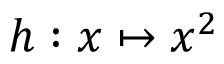
h : x \mapsto x ^ { 2 }